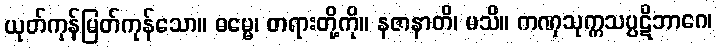
ယုတ်ကုန်မြတ်ကုန်သော။ ဓမ္မေ၊ တရားတို့ကို။ နဇာနာတိ၊ မသိ။ ကဏှသုက္ကသပ္ပဋိဘာဂေ၊